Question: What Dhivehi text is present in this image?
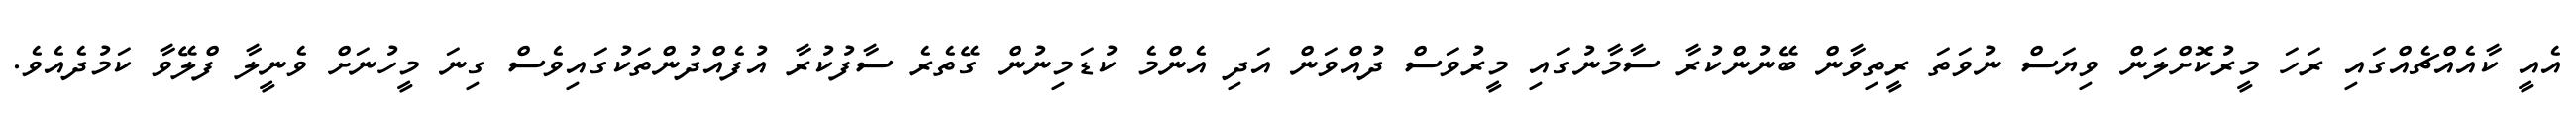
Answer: އެއީ ކާއެއްޗެއްގައި ރަހަ މީރުކޮށްލަން ވިޔަސް ނުވަތަ ރީތިވާން ބޭނުންކުރާ ސާމާނުގައި މީރުވަސް ދުއްވަން އަދި އެންމެ ކުޑަމިނުން ގޭތެރެ ސާފުކުރާ އުފެއްދުންތަކުގައިވެސް ގިނަ މީހުނަށް ވެނީލާ ފްލޭވާ ކަމުދެއެވެ.